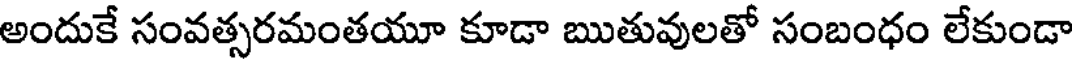
అందుకే సంవత్సరమంతయూ కూడా ఋతువులతో సంబంధం లేకుండా